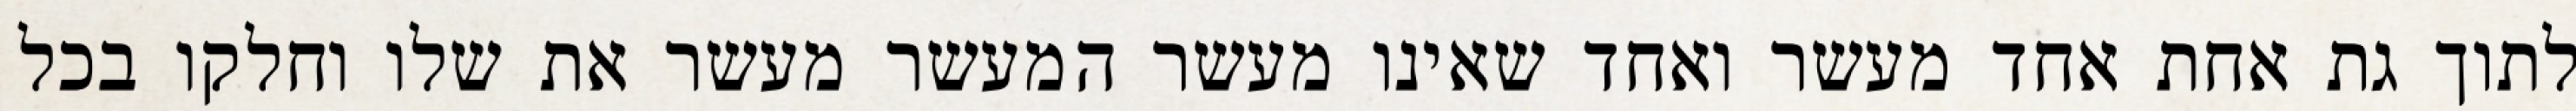
לתוך גת אחת אחד מעשר ואחד שאינו מעשר המעשר מעשר את שלו וחלקו בכל